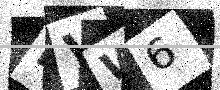
Text: LVW6